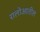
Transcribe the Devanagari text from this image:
रालोआतील